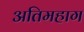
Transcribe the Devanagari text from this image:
अतिमहाग